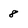
Character: 8